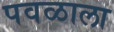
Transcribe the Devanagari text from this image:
पवळाला